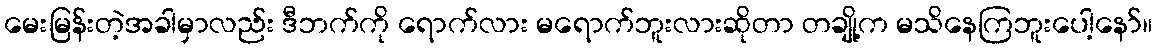
မေးမြန်းတဲ့အခါမှာလည်း ဒီဘက်ကို ရောက်လား မရောက်ဘူးလားဆိုတာ တချို့က မသိနေကြဘူးပေါ့နော်။